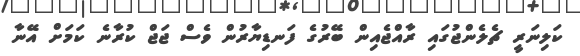
ކަލިނަރީ ޗެލެންޖުގައި ރާއްޖެއިން ބޭރުގެ ފަނޑިޔާރުން ވެސް ޖަޖް ކުރާނެ ކަމަށް އޭނާ